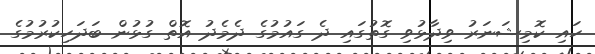
ހައި ކޮމިޝަނަރު ވިދާޅުވި ގޮތުގައި ދެ ގައުމުގެ ދެމެދު އޮތް ގުޅުން ބަދަހިކުރުމުގެ